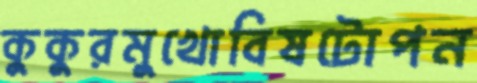
কুকুরমুখোবিষটোপন